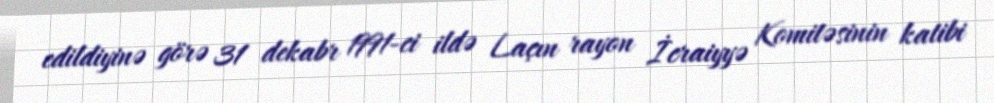
edildiyinə görə 31 dekabr 1991-ci ildə Laçın rayon İcraiyyə Komitəsinin katibi